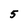
Character: 5